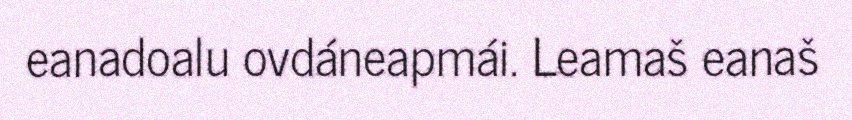
eanadoalu ovdáneapmái. Leamaš eanaš